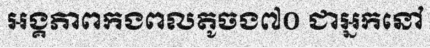
អង្គភាពកងពលតូចង៧០ ជាអ្នកនៅ